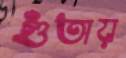
গুঁতায়